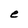
Character: e